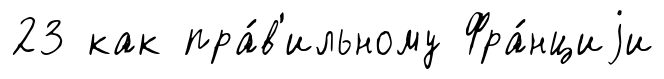
23 как пра́в'ильному Фра́нциjи